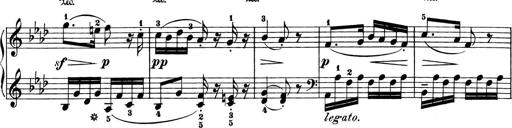
Title: 6 Piano Sonatinas
Composer: Cornelius Gurlitt